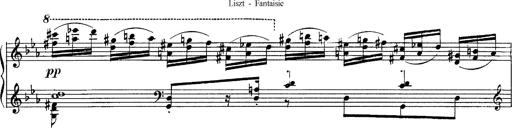
Title: Fantaisie sur des motifs favoris de l'opÃ©ra 'La sonnambula'
Composer: Franz Liszt